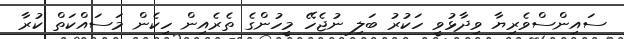
ސައިންސްވެރިޔާ ވިދާޅުވީ ހަކުރު ބަލި ނުޖެހޭ މީހުންގެ ތެރެއިން ހިކެން މަސައްކަތް ކުރާ